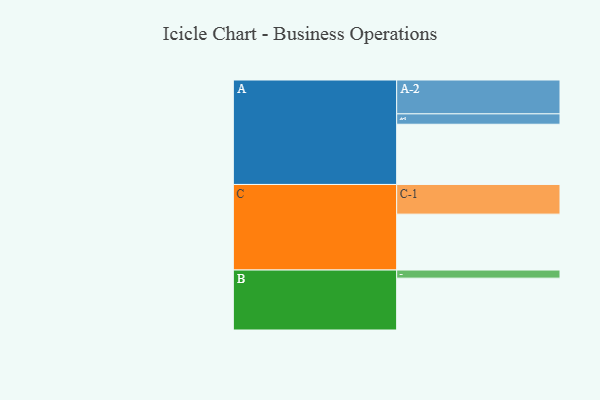
{"axis": {"x": "Segment", "y": "Value"}, "legend": ["", "A", "B", "C"], "data": [{"x": "A", "y": 475, "type": ""}, {"x": "B", "y": 409, "type": ""}, {"x": "C", "y": 441, "type": ""}, {"x": "A-1", "y": 82, "type": "A"}, {"x": "A-2", "y": 267, "type": "A"}, {"x": "B-1", "y": 64, "type": "B"}, {"x": "C-1", "y": 234, "type": "C"}]}